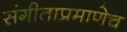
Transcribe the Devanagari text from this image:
संगीताप्रमाणेच